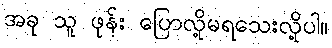
အခု သူ ဖုန်း ပြောလို့မရသေးလို့ပါ။